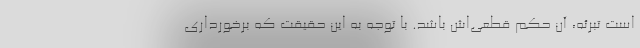
است تبرئه، آن حکم قطعی‌اش باشد. با توجه به اين حقيقت كه برخورداري